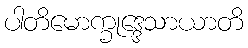
ပါတိမောက္ခုဒ္ဒေသာယာတိ